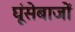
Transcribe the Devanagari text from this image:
घूंसेबाजों